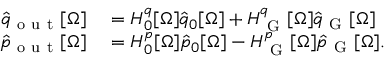
\begin{array} { r l } { \hat { q } _ { \mathrm { ~ o ~ u ~ t ~ } } [ \Omega ] } & { { } = H _ { 0 } ^ { q } [ \Omega ] \hat { q } _ { 0 } [ \Omega ] + H _ { \mathrm { ~ G ~ } } ^ { q } [ \Omega ] \hat { q } _ { \mathrm { ~ G ~ } } [ \Omega ] } \\ { \hat { p } _ { \mathrm { ~ o ~ u ~ t ~ } } [ \Omega ] } & { { } = H _ { 0 } ^ { p } [ \Omega ] \hat { p } _ { 0 } [ \Omega ] - H _ { \mathrm { ~ G ~ } } ^ { p } [ \Omega ] \hat { p } _ { \mathrm { ~ G ~ } } [ \Omega ] . } \end{array}